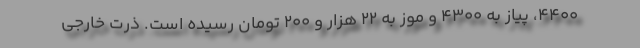
۴۴۰۰، پیاز به ۴۳۰۰ و موز به ۲۲ هزار و ۲۰۰ تومان رسیده است. ذرت خارجی